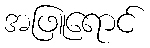
အဖြူရောင်